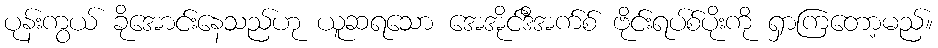
ပုန်းကွယ် ခိုအောင်းနေသည်ဟု ယူဆရသော အေအိုင်ဒီအက်စ် ဗိုင်းရပ်စ်ပိုးကို ရှာကြတော့မည်။